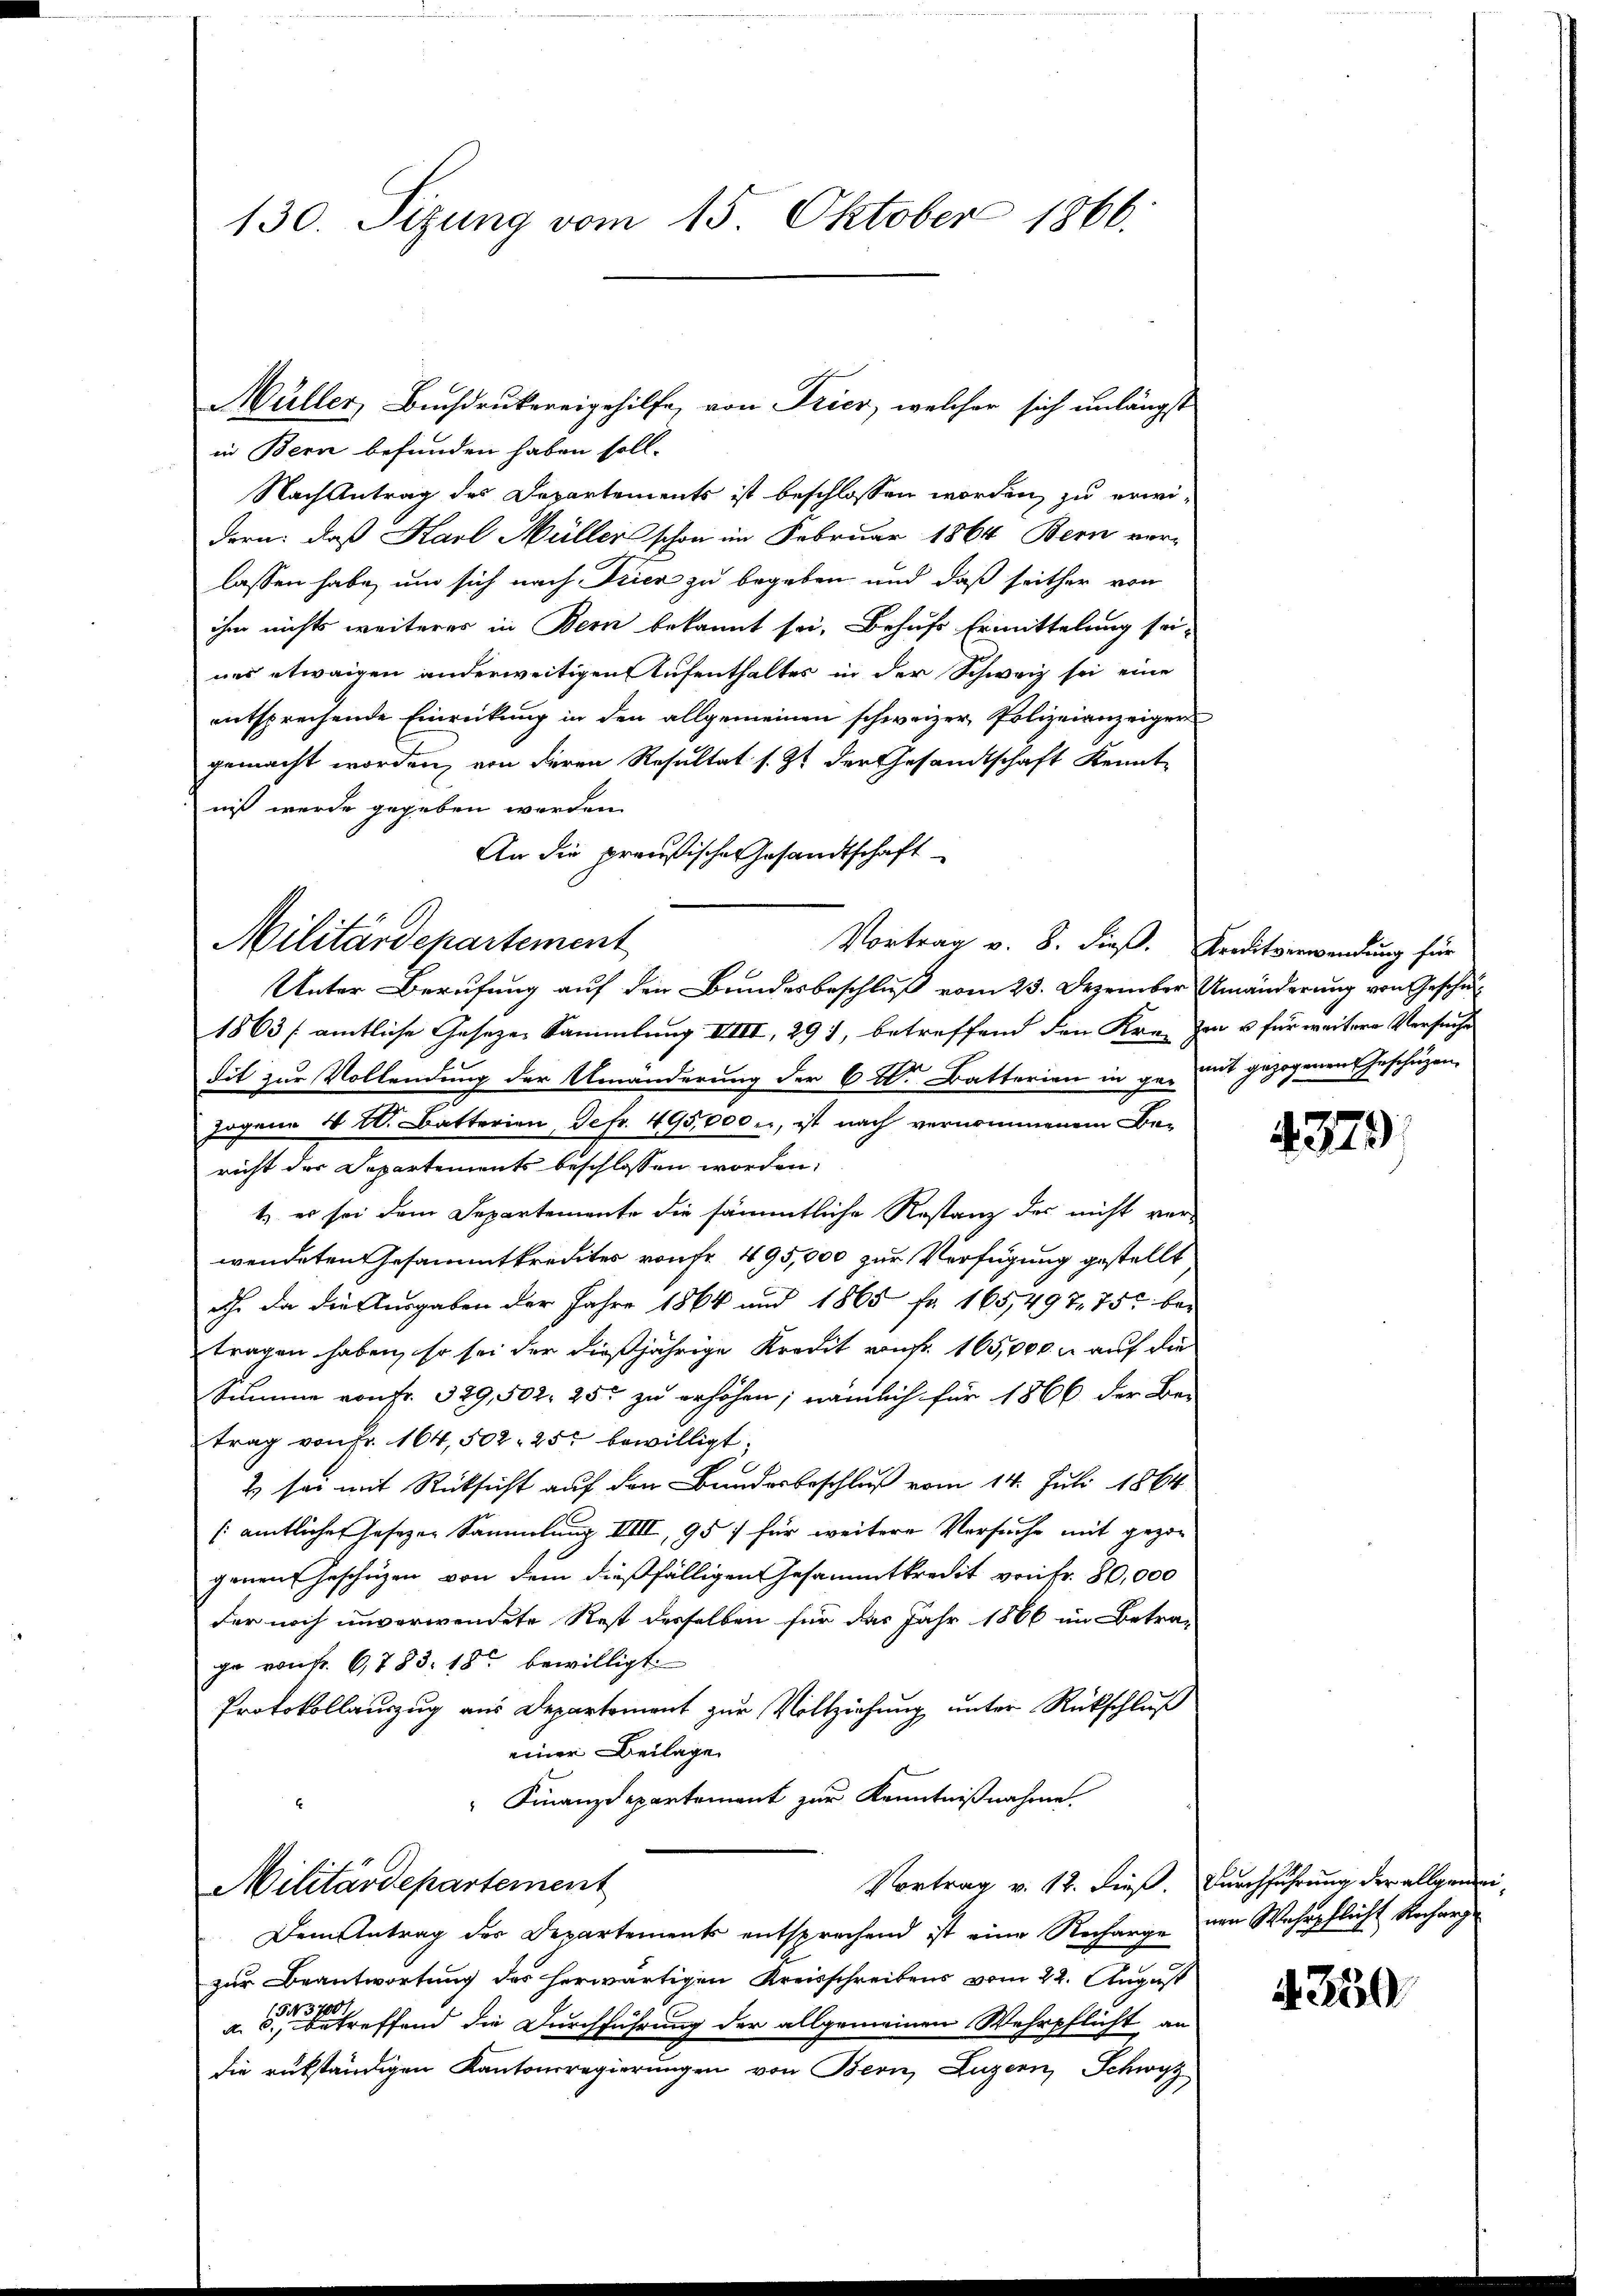
130. Sizung vom 15. Oktober 1866.

in Bern befunden haben soll.
Nach Antrag des Departements ist beschlossen worden, zu erwidern, daß Karl Müller schon im Februar 1864 Bern vor-
lassen habe, um sich nach Drier zu begeben und daß seither von
ihm nichts weiteres in Bern bekannt sei, Behufs Ermittelung sei-
ues etwaigen anderweitigen Aufenthaltes in der Schweiz sei eine
entsprechende Einrickŭng in den allgemeinen schweizer Polizeianzeiger
gemacht worden, von deren Resultat s. Zt. der Gesandtschaft Kenntniß werde gegeben werden.
An die preußischen Gesandtschaft
Unter Berufung auf den Bundesbeschluß vom 23. Dezember Umänderung von Geschä¬
1863 / amtliche Geseze Sammlung IIIII, 291, betreffend den Krei Zan u für weitere Versuche
dit zur Vollendung der Umänderung der 6 K. Batterien in ge- mit gezogenen Geschüzen
zogene No 20. Batterien, Defr. 495,000 er, ist nach vernommenem Be-
richt der Departements beschlossen worden:
t es sei dem Departemente die sämmtliche Restanz des nicht ver-
wendeten Gesammtkredites von fr. 495,000 zur Verfügung gestellt
Ich. da die Ausgaben der Jahre 1864 und 1865 fr. 165,497. 75 bei
tragen haben, so sei der dießjährige Kredit von fr. 165,000. r auf die
Summe von Fr. 329, 502. 25 zu erhöhen; nämlich für 1866 der Be-
trag von Fr. 164, 502. 257 bewilligt;
2) sei mit Rücksicht auf den Bunderbeschluß vom 14. Juli 1864
(amtlicher Gesezen Sammlung IIIII, 95 für weitere Versuche mit gezog
genen Geschäzen von dem dießfälligen Gesammtkredit von fr. 80,000
der noch unverwendete Rest derselben für das Jahr 1866 im Betra-
ge von Fr. 6783. 18 bewilligt
Protokollauszug aus Departement zur Vollziehung unter Rückschluß
einer Beilage
Finanzdepartement zur Kenntnißnahme.
Vortrag v. 12. dieß. Durchführung der allgemei¬
Militärdepartement
Dem Antrag der Departements entsprechend ist eine Recharge von Wehrpflicht Recharge
zur Beantwortung des herwärtigen Kreisschreibens vom 22. August
a.             treffend die Durchführung der allgemeinen Wehrpflicht an
die rükständigen Kantonsregierungen von Bern, Luzern, Schwyz,

Militärdepartement

Müller, Buchdrukereigehilfe, von Frier, welcher sich unlängst

Vortrag v. 8. dieß. Kreditverwendung für

4379.

4250